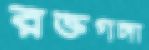
রক্তগঙ্গা